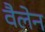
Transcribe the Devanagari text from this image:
वैलेन